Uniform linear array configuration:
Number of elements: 8
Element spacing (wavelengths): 1
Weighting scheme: cosine
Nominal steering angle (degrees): -15
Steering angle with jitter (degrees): -16.739
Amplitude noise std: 0.05
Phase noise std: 0.05

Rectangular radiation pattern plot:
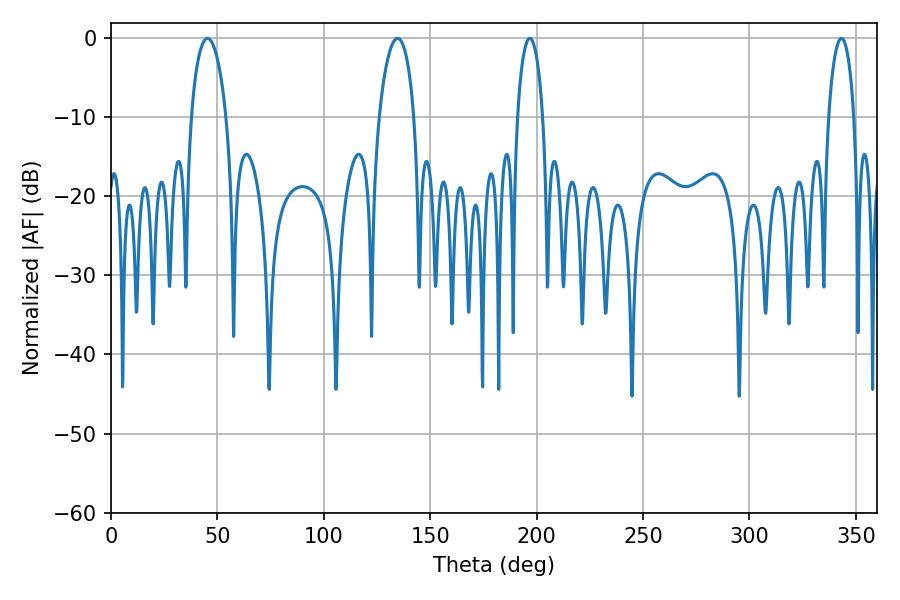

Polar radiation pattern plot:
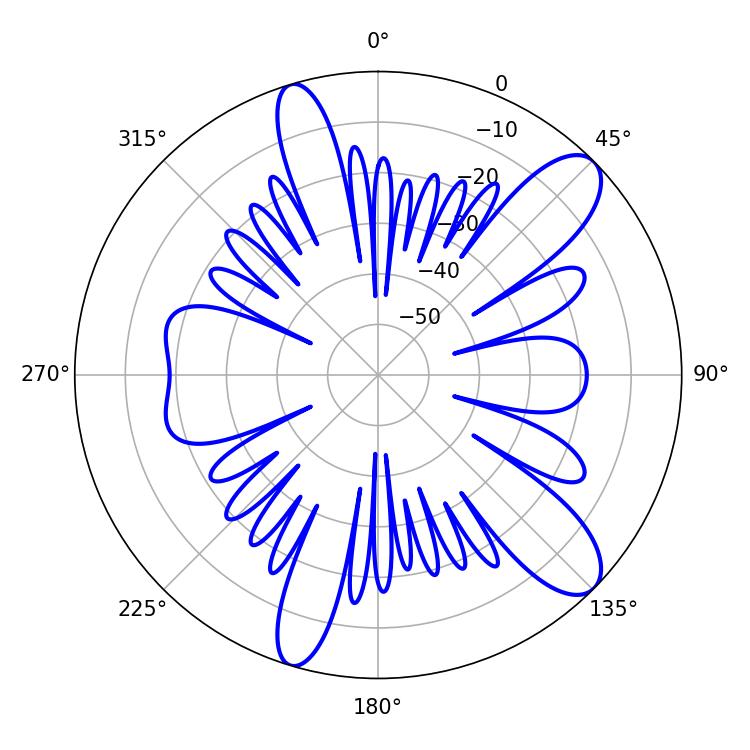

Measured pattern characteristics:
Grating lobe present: TRUE
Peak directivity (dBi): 10.71
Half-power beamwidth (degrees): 9.36
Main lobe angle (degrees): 45.36